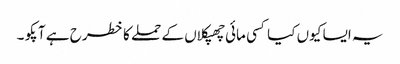
یہ ایسا کیوں کیا کسی مائی چھپکلاں کے حملے کا خطرح ہے آپکو ۔